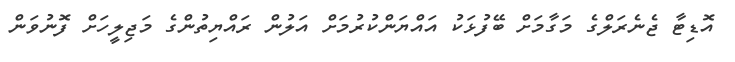
އޮޑިޓާ ޖެނެރަލްގެ މަގާމަށް ބޭފުޅަކު އައްޔަންކުރުމަށް އަލުން ރައްޔިތުންގެ މަޖިލީހަށް ފޮނުވަން